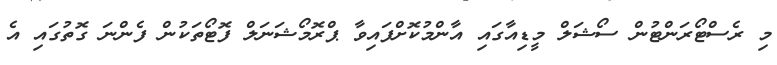
މި ރެސްޓޯރަންޓުން ސޯޝަލް މީޑިއާގައި އާންމުކޮށްފައިވާ ޕްރޮމޯޝަނަލް ފޮޓޯތަކުން ފެންނަ ގޮތުގައި އެ